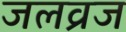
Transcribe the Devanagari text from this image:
जलव्रज